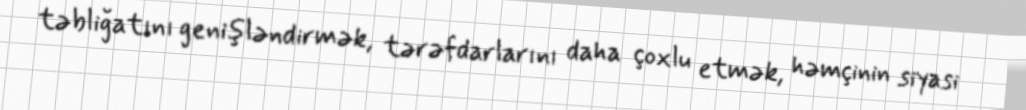
təbliğatını genişləndirmək, tərəfdarlarını daha çoxlu etmək, həmçinin siyasi